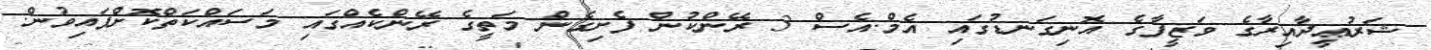
ޝަރުޢީދާއިރާގެ ވަޒީފާގެ އޮނިގަނޑުގައި އެމް.އެސް 3 ރޭންކުން ފެށިގެން މަތީގެ ރޭންކެއްގައި މަސައްކަތްކޮށްފައިވުން.